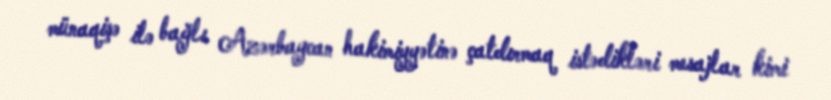
münaqişə ilə bağlı Azərbaycan hakimiyyətinə çatdırmaq istədikləri mesajlar kimi